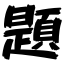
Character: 題